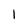
Character: 1